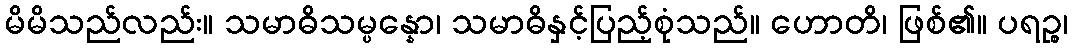
မိမိသည်လည်း။ သမာဓိသမ္ပန္နော၊ သမာဓိနှင့်ပြည့်စုံသည်။ ဟောတိ၊ ဖြစ်၏။ ပရဉ္စ၊